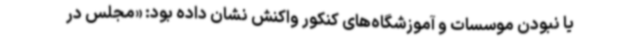
یا نبودن موسسات و آموزشگاه‌های کنکور واکنش نشان داده بود: «مجلس در